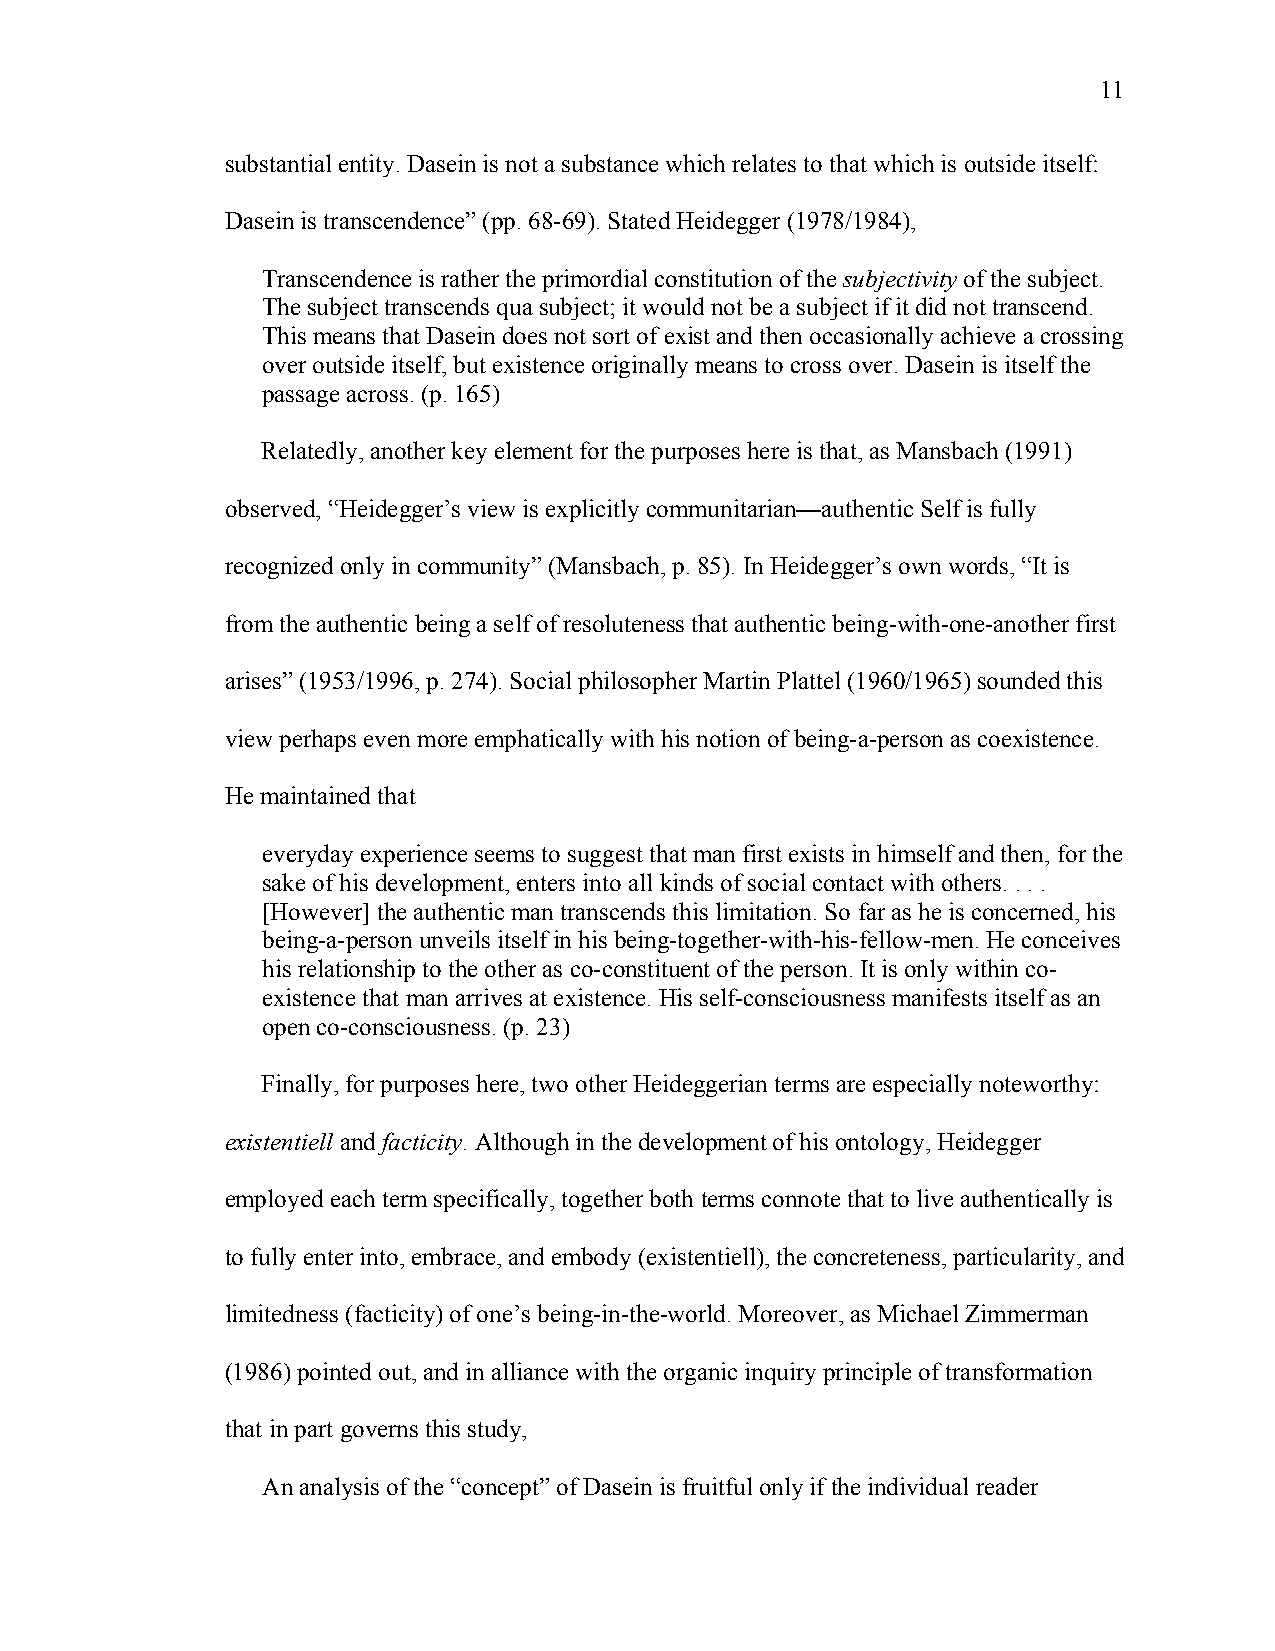
11
 substantial entity. Dasein is not a substance which relates to that which is outside itself:
 Dasein is transcendence” (pp. 68-69). Stated Heidegger (1978/1984),
 Transcendence is rather the primordial constitution of the subjectivity of the subject.
 The subject transcends qua subject; it would not be a subject if it did not transcend.
 This means that Dasein does not sort of exist and then occasionally achieve a crossing
 over outside itself, but existence originally means to cross over. Dasein is itself the
 passage across. (p. 165)
 Relatedly, another key element for the purposes here is that, as Mansbach (1991)
 observed, “Heidegger’s view is explicitly communitarian—authentic Self is fully
 recognized only in community” (Mansbach, p. 85). In Heidegger’s own words, “It is
 from the authentic being a self of resoluteness that authentic being-with-one-another first
 arises” (1953/1996, p. 274). Social philosopher Martin Plattel (1960/1965) sounded this
 view perhaps even more emphatically with his notion of being-a-person as coexistence.
 He maintained that
 everyday experience seems to suggest that man first exists in himself and then, for the
 sake of his development, enters into all kinds of social contact with others. . . .
 [However] the authentic man transcends this limitation. So far as he is concerned, his
 being-a-person unveils itself in his being-together-with-his-fellow-men. He conceives
 his relationship to the other as co-constituent of the person. It is only within co-
 existence that man arrives at existence. His self-consciousness manifests itself as an
 open co-consciousness. (p. 23)
 Finally, for purposes here, two other Heideggerian terms are especially noteworthy:
 existentiell and facticity. Although in the development of his ontology, Heidegger
 employed each term specifically, together both terms connote that to live authentically is
 to fully enter into, embrace, and embody (existentiell), the concreteness, particularity, and
 limitedness (facticity) of one’s being-in-the-world. Moreover, as Michael Zimmerman
 (1986) pointed out, and in alliance with the organic inquiry principle of transformation
 that in part governs this study,
 An analysis of the “concept” of Dasein is fruitful only if the individual reader